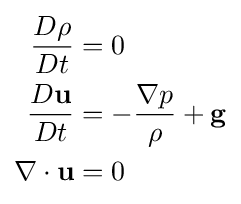
{\begin{aligned}{D\rho  \over Dt}&=0\\{D\mathbf {u}  \over Dt}&=-{\frac {\nabla p}{\rho }}+\mathbf {g} \\\nabla \cdot \mathbf {u} &=0\end{aligned}}